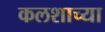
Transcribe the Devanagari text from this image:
कलशाच्या